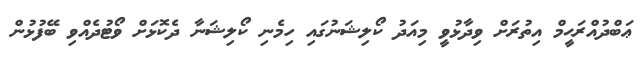
ޢަބްދުއްރަޙީމް އިތުރަށް ވިދާޅުވީ މިއަދު ކޯލިޝަނުގައި ހިމެނި ކޯލިޝަނާ ދެކޮޅަށް ވޯޓުދެއްވި ބޭފުޅުން